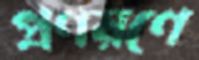
প্রণয়ণে